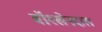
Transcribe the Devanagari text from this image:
बॉश्खेनदाल